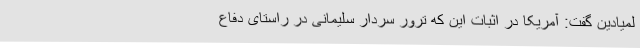
لمیادین گفت: آمریکا در اثبات این که ترور سردار سلیمانی در راستای دفاع